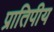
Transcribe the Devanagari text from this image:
प्रातिपीय